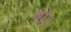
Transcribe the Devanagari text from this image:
षोर